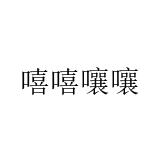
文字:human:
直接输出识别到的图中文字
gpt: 嘻嘻嚷嚷